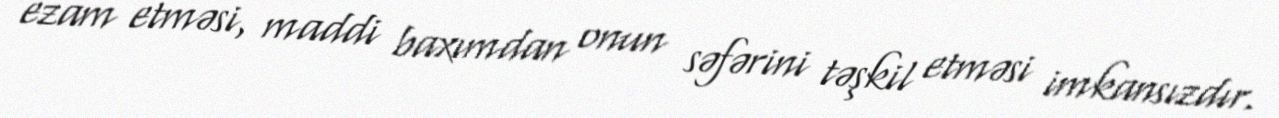
ezam etməsi, maddi baxımdan onun səfərini təşkil etməsi imkansızdır.